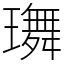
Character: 𤪕